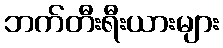
ဘက်တီးရီးယားများ